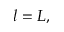
l = L ,